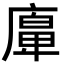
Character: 𢊵